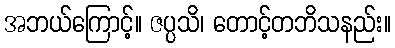
အဘယ်ကြောင့်။ ဇပ္ပသိ၊ တောင့်တဘိသနည်း။